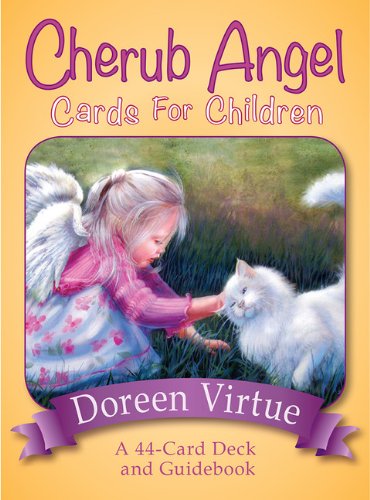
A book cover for Cherub Angel Cards for Children: A 44-Card Deck and Guidebook; Doreen Virtue; Religion & Spirituality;